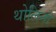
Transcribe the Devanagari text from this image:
थोलिनो